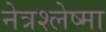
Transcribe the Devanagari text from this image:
नेत्रश्लेष्मा